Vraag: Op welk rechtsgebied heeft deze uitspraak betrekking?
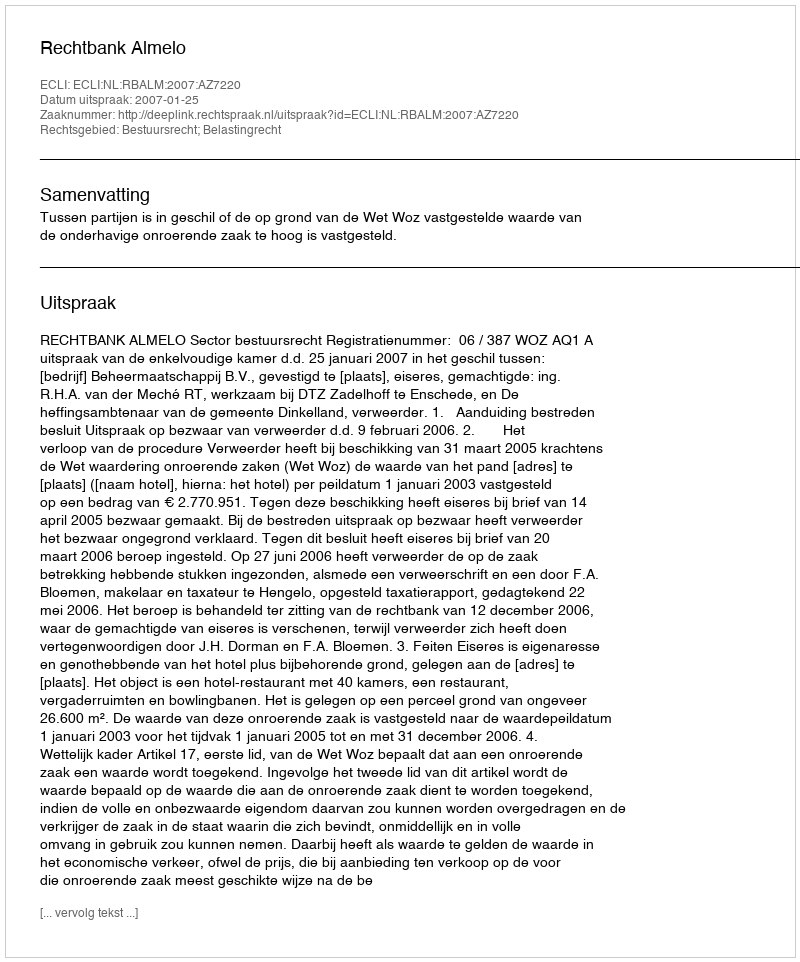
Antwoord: Bestuursrecht; Belastingrecht